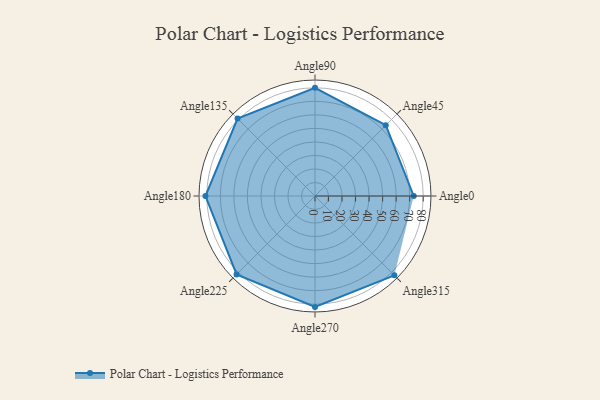
{"axis": {"x": "Angle", "y": "Radius"}, "legend": [""], "data": [{"x": "Angle0", "y": 73.0, "type": ""}, {"x": "Angle45", "y": 74.0, "type": ""}, {"x": "Angle90", "y": 80.0, "type": ""}, {"x": "Angle135", "y": 81.0, "type": ""}, {"x": "Angle180", "y": 81.0, "type": ""}, {"x": "Angle225", "y": 82.0, "type": ""}, {"x": "Angle270", "y": 82.0, "type": ""}, {"x": "Angle315", "y": 83.0, "type": ""}]}